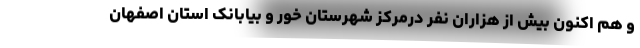
و هم اکنون بیش از هزاران نفر درمرکز شهرستان خور و بیابانک استان اصفهان